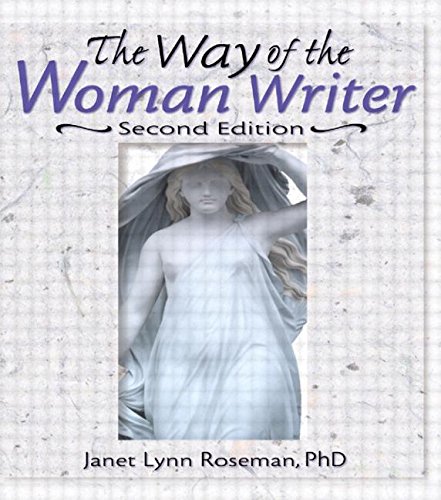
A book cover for The Way of the Woman Writer, Second Edition (Haworth Innovations in Feminist Studies); Janet Lynn Roseman; Literature & Fiction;